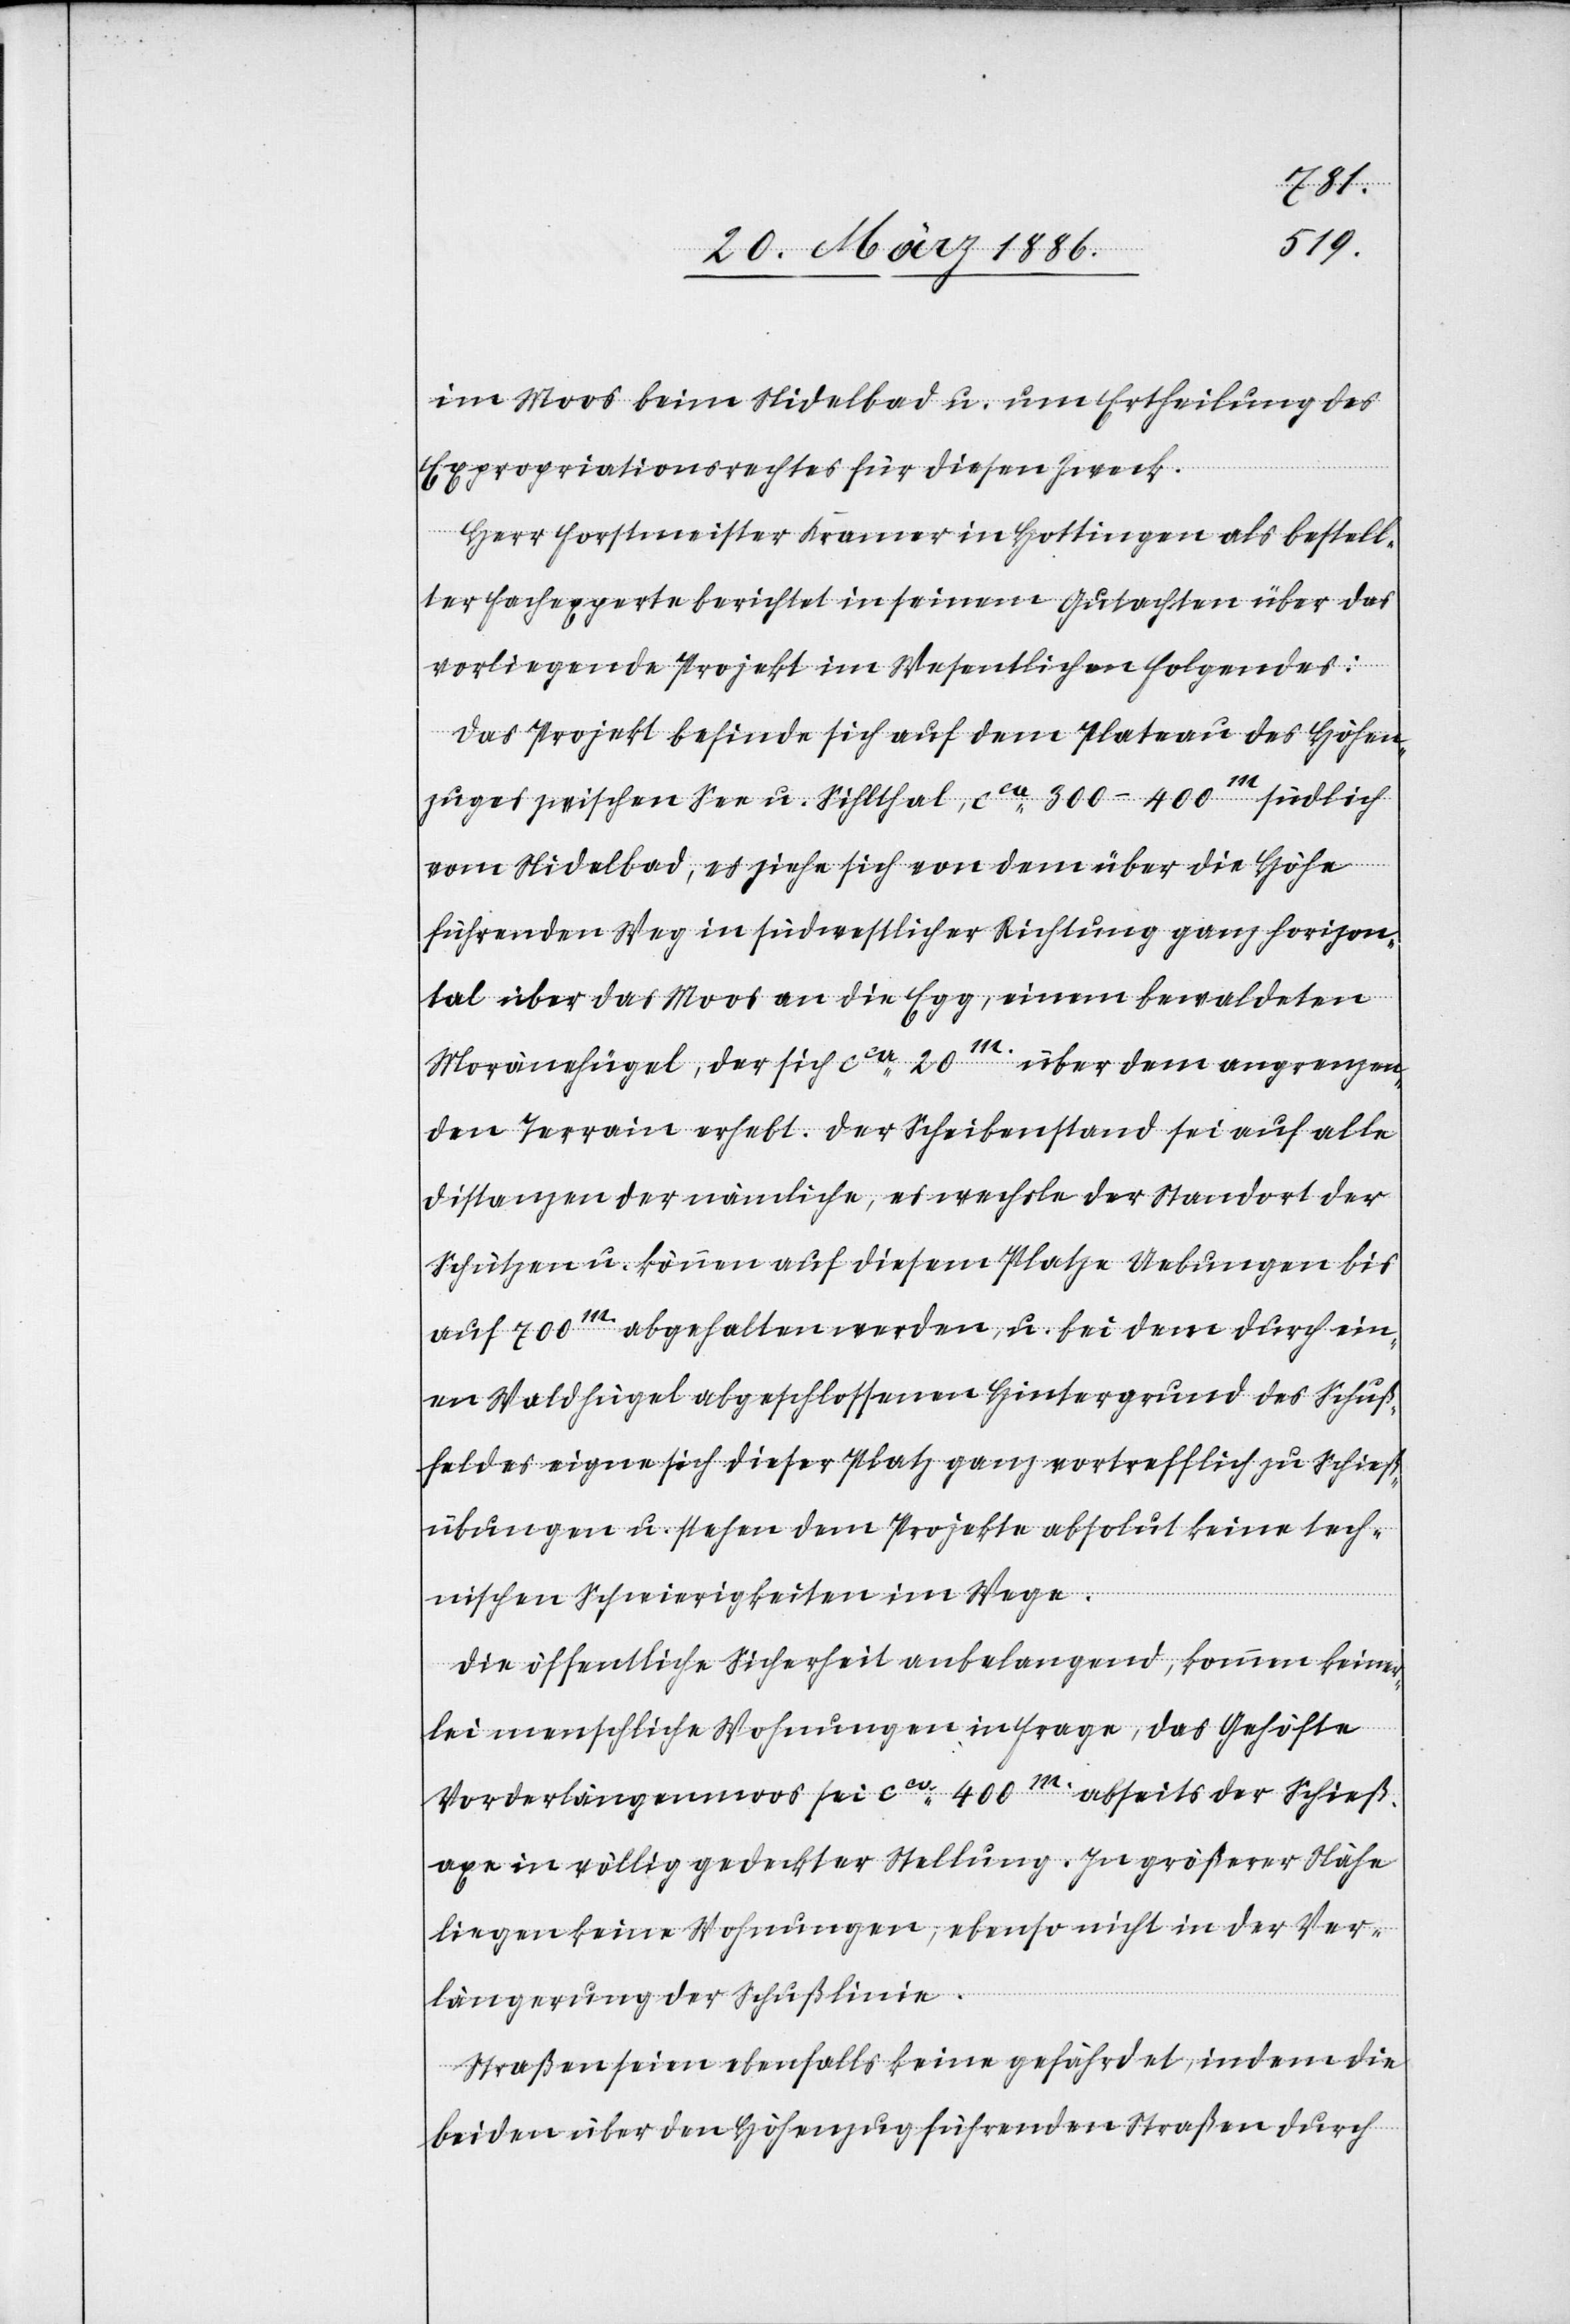
im Moos beim Nidelbad u. um Ertheilung des
Expropriationsrechtes für diesen Zweck.
Herr Forstmeister Kramer in Hottingen als bestell¬
ter Fachexperte berichtet in seinem Gutachten über das
vorliegende Projekt im Wesentlichen Folgendes:
Das Projekt befinde sich auf dem Plateau des Höhen¬
zuges zwischen See u. Sihlthal, cca 300–400m. südlich
vom Nidelbad, es ziehe sich von dem über die Höhe
führenden Weg in südwestlicher Richtung ganz horizon¬
tal über das Moos an die Egg, einem bewaldeten
Moränenhügel, der sich cca 20m. über dem angrenzen¬
den Terrain erhebt. Der Scheibenstand sei auf alle
Distanzen der nämliche, es wechsle der Standort der
Schützen u. können auf diesem Platze Uebungen bis
auf 700m. abgehalten werden, u. bei dem durch ein¬
en Waldhügel abgeschlossenen Hintergrund des Schuß¬
feldes eigene sich dieser Platz ganz vortrefflich zu Schieß¬
übungen u. stehen dem Projekte absolut keine tech¬
nischen Schwierigkeiten im Wege.
Die öffentliche Sicherheit anbelangend, kommen keiner¬
lei menschliche Wohnungen in Frage, das Gehöfte
Vorderlängenmoos sei cca 400m. abseits der Schieß¬
axe in völlig gedeckter Stellung. In größerer Nähe
liegen keine Wohnungen, ebenso nicht in der Ver¬
längerung der Schußlinie.
Straßen seien ebenfalls keine gefährdet, indem die
beiden über den Höhenzug führenden Straßen durch